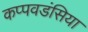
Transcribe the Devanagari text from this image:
कप्पवडंसिया